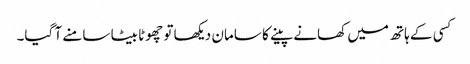
کسی کے ہاتھ میں کھانے پینے کا سامان دیکھا تو چھوٹا بیٹا سامنے آ گیا۔